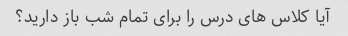
آیا کلاس های درس را برای تمام شب باز دارید؟